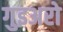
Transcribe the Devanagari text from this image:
गुइअरो